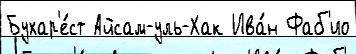
Бухар'е́ст Айсам-уль-Хак Ива́н Фаб'ио